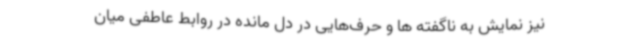
نیز نمایش به ناگفته ها و حرف‌هایی در دل مانده در روابط عاطفی میان